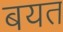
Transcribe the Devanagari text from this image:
बयत